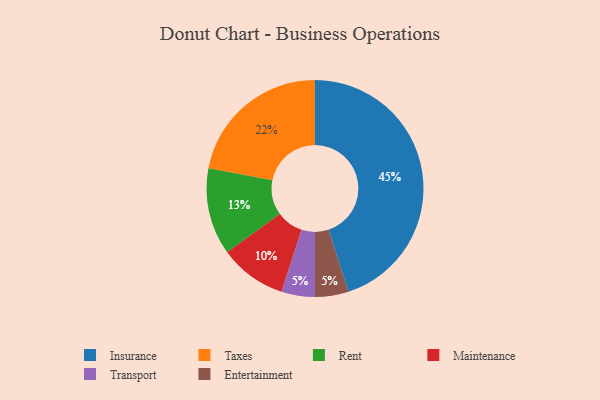
{"axis": {"x": "Category", "y": "Percentage"}, "legend": ["Entertainment", "Insurance", "Maintenance", "Rent", "Taxes", "Transport"], "data": [{"x": "Insurance", "y": 45, "type": "Insurance"}, {"x": "Maintenance", "y": 10, "type": "Maintenance"}, {"x": "Transport", "y": 5, "type": "Transport"}, {"x": "Taxes", "y": 22, "type": "Taxes"}, {"x": "Entertainment", "y": 5, "type": "Entertainment"}, {"x": "Rent", "y": 13, "type": "Rent"}]}